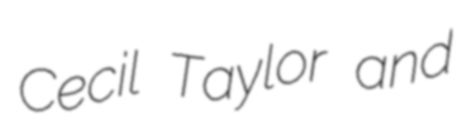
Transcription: Cecil Taylor and